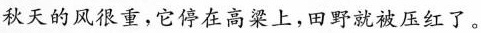
秋天的风很重，它停在高梁上，田野就被压红了。